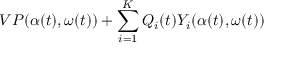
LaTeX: V P ( \alpha ( t ) , \omega ( t ) ) + \sum _ { i = 1 } ^ { K } Q _ { i } ( t ) Y _ { i } ( \alpha ( t ) , \omega ( t ) )